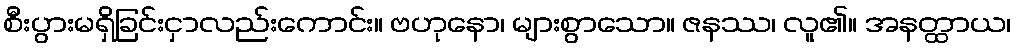
စီးပွားမရှိခြင်းငှာလည်းကောင်း။ ဗဟုနော၊ များစွာသော။ ဇနဿ၊ လူ၏။ အနတ္ထာယ၊